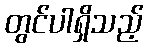
တွင်ပါရှိသည့်